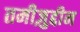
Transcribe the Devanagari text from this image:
तमीज़ुद्दीन